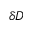
\delta D